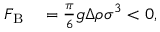
\begin{array} { r l } { F _ { \mathrm { B } } } & { { } = \frac { \pi } { 6 } g \Delta \rho \sigma ^ { 3 } < 0 , } \end{array}